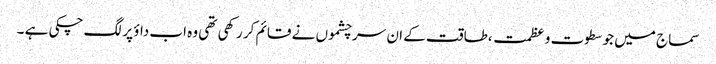
سماج میں جو سطوت و عظمت ،طاقت کے ان سرچشموں نے قائم کر رکھی تھی وہ اب داؤ پر لگ چکی ہے ۔